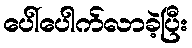
ပေါ်ပေါက်လာခဲ့ပြီး